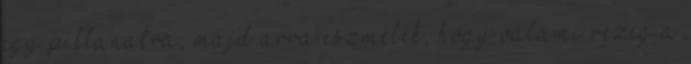
egy pillanatra, majd arra eszmélek, hogy valami rezeg a